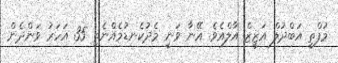
މުފްތީ އަބްދުލް އަޒީޒް އާލްއެވެ. އޭނާ ވަނީ މެދުކެނޑުމެއްނެތި 35 އަހަރު ވަންދެން